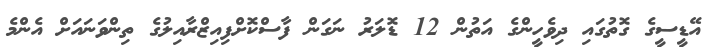
އޭޑީސީގެ ގޮތުގައި ދިވެހީންގެ އަތުން 12 ޑޮލަރު ނަގަން ފާސްކޮށްފިއިޒްރާއިލުގެ ތިންވަނައަށް އެންމެ